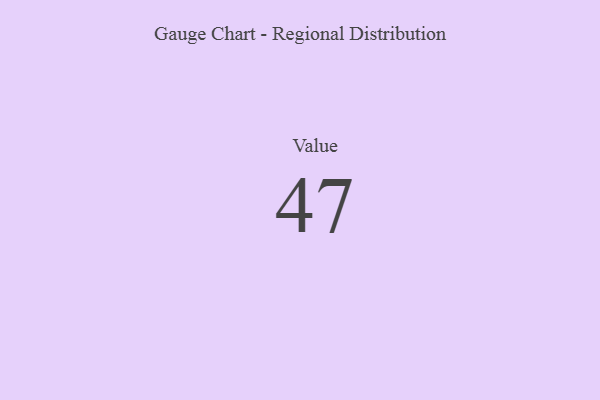
{"axis": {"x": "Metric", "y": "Value"}, "legend": [""], "data": [{"x": "Value", "y": 47, "type": ""}]}